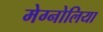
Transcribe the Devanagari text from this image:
मेग्नोलिया